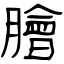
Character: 膾